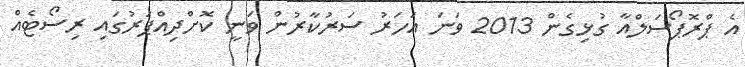
އެ ޕްރޮޕޯސަލްއާ ގުޅިގެން 2013 ވަނަ އަހަރު ސަރުކާރުން ވަނީ ކޮށްދިއްޕަރުގައި ރިސޯޓެއް